Supplement to the account of plague administration in the Bombay Presidency from September 1896 till May 1897
Year: 1896
Disease focus: Plague
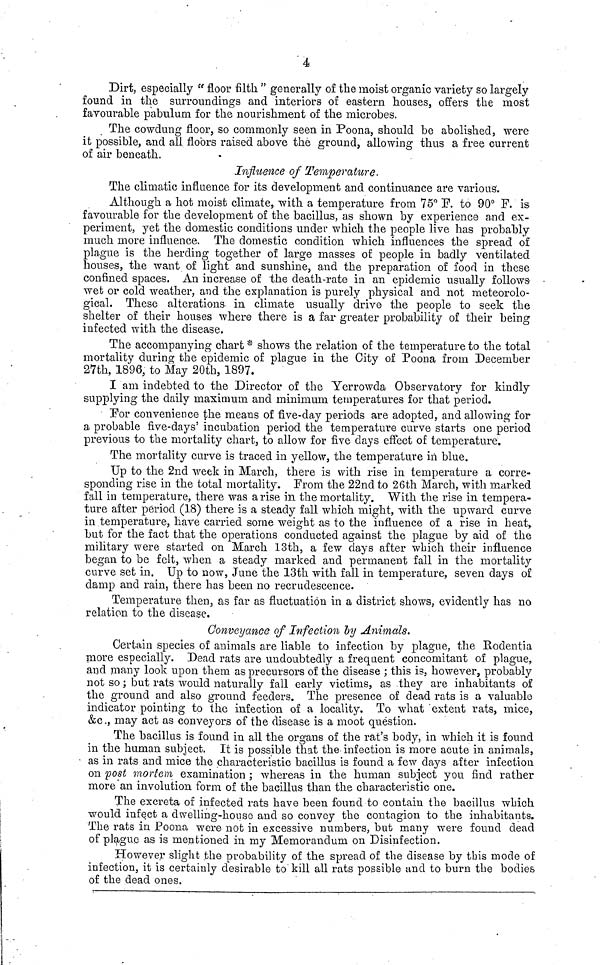
4
Dirt, especially " floor filth " generally of the moist organic variety so largely
found in the surroundings and interiors of eastern houses, offers the most
favourable pabulum for the nourishment of the microbes.
The cowdung floor, so commonly seen in Poona, should be abolished, were
it possible, and all floors raised above the ground, allowing thus a free current
of air beneath.
Influence of Temperature.
The climatic influence for its development and continuance are various.
Although a hot moist climate, with a temperature from 75° F. to 90° F. is
favourable for the development of the bacillus, as shown by experience and ex-
periment, yet the domestic conditions under which the people live has probably
much more influence. The domestic condition which influences the spread of
plague is the herding together of large masses of people in badly ventilated
houses, the want of light and sunshine, and the preparation of food in these
confined spaces. An increase of the death-rate in an epidemic usually follows
wet or cold weather, and the explanation is purely physical and not meteorolo-
gical. These alterations in climate usually drive the people to seek the
shelter of their houses where there is a far greater probability of their being
infected with the disease.
The accompanying chart * shows the relation of the temperature to the total
mortality during the epidemic of plague in the City of Poona from December
27th, 1896, to May 20th, 1897.
I am indebted to the Director of the Yerrowda Observatory for kindly
supplying the daily maximum and minimum temperatures for that period.
For convenience the means of five-day periods are adopted, and allowing for
a probable five-days' incubation period the temperature curve starts one period
previous to the mortality chart, to allow for five days effect of temperature.
The mortality curve is traced in yellow, the temperature in blue.
Up to the 2nd week in March, there is with rise in temperature a corre-
sponding rise in the total mortality. From the 22nd to 26th March, with marked
fall in temperature, there was arise in the mortality. With the rise in tempera-
ture after period (18) there is a steady fall which might, with the upward curve
in temperature, have carried some weight as to the influence of a rise in heat,
but for the fact that the operations conducted against the plague by aid of the
military were started on March 13th, a few clays after which their influence
began to be felt, when a steady marked and permanent fall in the mortality
curve set in. Up to now, June the 13th with fall in temperature, seven days of
damp and rain, there has been no recrudescence.
Temperature then, as far as fluctuation in a district shows, evidently has no
relation to the disease.
Conveyance of Infection by Animals.
Certain species of animals are liable to infection by plague, the Rodentia
more especially. Dead rats are undoubtedly a frequent concomitant of plague,
and many look upon them as precursors of the disease ; this is, however, probably
not so ; but rats would naturally fall early victims, as they are inhabitants of
the ground and also ground feeders. The presence of dead rats is a valuable
indicator pointing to the infection of a locality. To what extent rats, mice,
&c., may act as conveyors of the disease is a moot question.
The bacillus is found in all the organs of the rat's body, in which it is found
in the human subject. It is possible that the infection is more acute in animals,
as in rats and mice the characteristic bacillus is found a few days after infection
on post mortem examination ; whereas in the human subject you find rather
more an involution form of the bacillus than the characteristic one.
The excreta of infected rats have been found to contain the bacillus which
would infect a dwelling-house and so convey the contagion to the inhabitants.
The rats in Poona were not in excessive numbers, but many were found dead
of plague as is mentioned in my Memorandum on Disinfection.
However slight the probability of the spread of the disease by this mode of
infection, it is certainly desirable to kill all rats possible and to burn the bodies
of the dead ones.